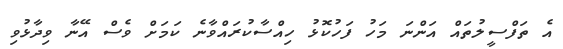
އެ ތަފްސީލުތައް އަންނަ މަހު ފަހުކޮޅު ހިއްސާކުރައްވާނެ ކަމަށް ވެސް އޭނާ ވިދާޅުވި